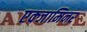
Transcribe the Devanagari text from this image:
एक्जामिनर